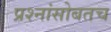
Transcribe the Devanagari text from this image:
प्रश्नांसोबतच